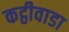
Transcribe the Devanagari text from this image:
कट्ठीवाडा